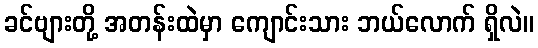
ခင်ဗျားတို့ အတန်းထဲမှာ ကျောင်းသား ဘယ်လောက် ရှိလဲ။